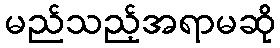
မည်သည့်အရာမဆို